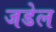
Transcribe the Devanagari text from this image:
जडेल